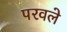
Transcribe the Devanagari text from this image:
परवले